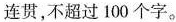
连贯，不超过100个字。